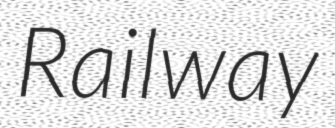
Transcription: Railway